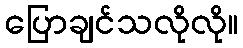
ပြောချင်သလိုလို။